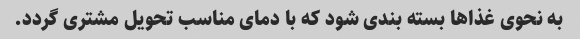
به نحوی غذاها بسته بندی شود که با دمای مناسب تحویل مشتری گردد.